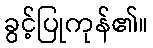
ခွင့်ပြုကုန်၏။